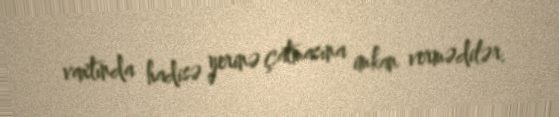
vaxtında hadisə yerinə çatmasına imkan vermədilər.